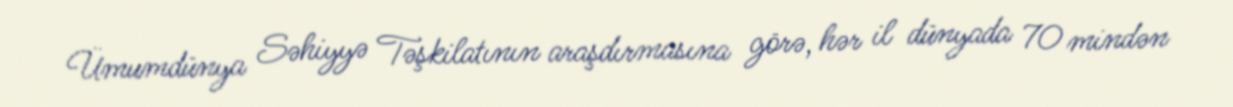
Ümumdünya Səhiyyə Təşkilatının araşdırmasına görə, hər il dünyada 70 mindən